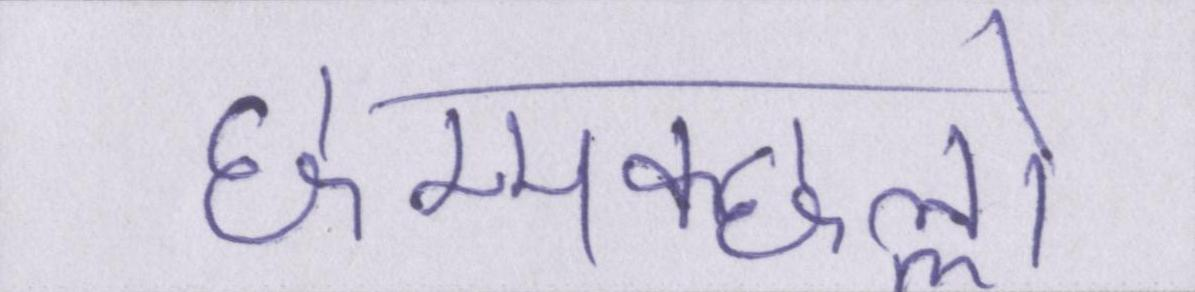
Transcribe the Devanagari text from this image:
छम्मक्छल्लो